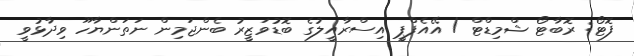
ފޮޓޯ: ރޮބާޓޯ ޝްމިޑްޓް / އޭއެފްޕީ އިސްރާއީލުގެ ބޮޑުވަޒީރު ބެންޖަމިން ނަތަންޔާހޫ ވިދާޅުވީ